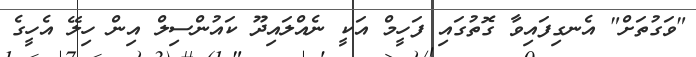
"ވަގުތަށް" އެނގިފައިވާ ގޮތުގައި ފަހީމް އަކީ ނެއްލައިދޫ ކައުންސިލް އިން ހިލޭ އެހީގެ